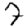
Digit: 7